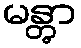
မန္တွာ